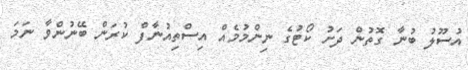
އުސޫލު ބުނާ ގޮތުން ދަށު ކޯޓުގެ ނިންމުމެއް އިސްތިއުނާފް ކުރަން ބޭނުންވާ ނަމަ